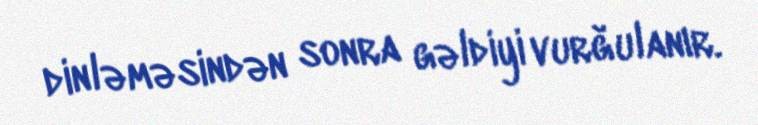
dinləməsindən sonra gəldiyi vurğulanır.